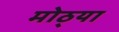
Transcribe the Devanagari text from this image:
मोठ्‍या